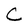
Character: C